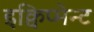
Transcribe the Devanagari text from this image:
इक्विप्मेन्ट